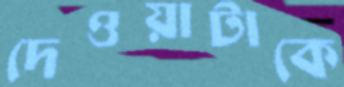
দেওয়াটাকে